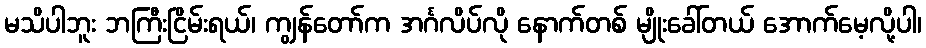
မသိပါဘူး ဘကြီးငြိမ်းရယ်၊ ကျွန်တော်က အင်္ဂလိပ်လို နောက်တစ် မျိုးခေါ်တယ် အောက်မေ့လို့ပါ၊